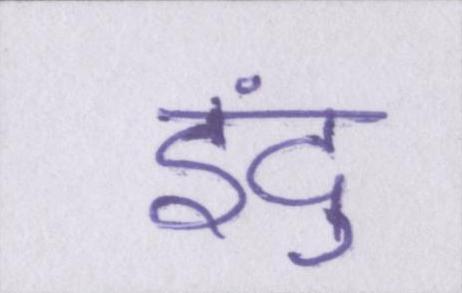
इंदु